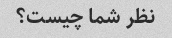
نظر شما چیست؟